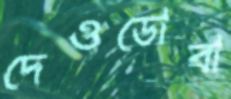
দেওডোবা